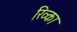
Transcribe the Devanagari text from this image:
रिव्का